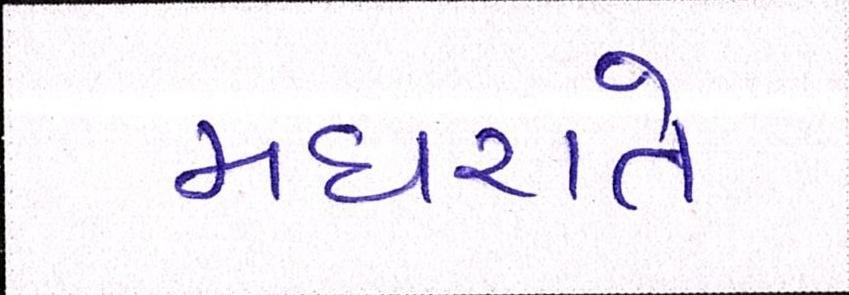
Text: મધરાતે